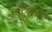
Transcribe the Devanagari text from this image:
ठूँसना